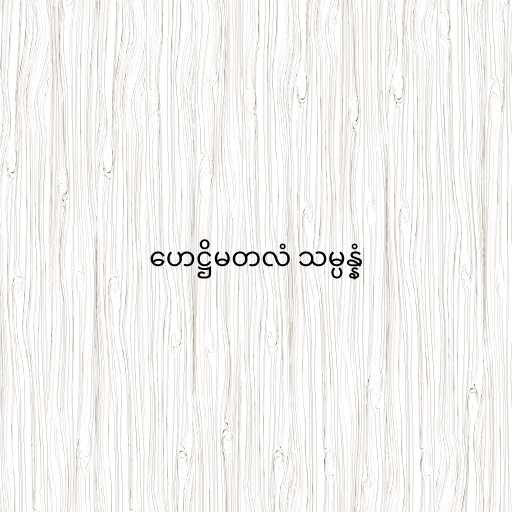
ဟေဋ္ဌိမတလံ သမ္ပန္နံ